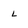
Character: L